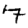
Digit: 7